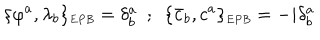
\{ \varphi ^ { a } , \lambda _ { b } \} _ { \scriptscriptstyle E P B } = \delta _ { b } ^ { a } ~ ~ ; ~ ~ \{ { \bar { c } } _ { b } , c ^ { a } \} _ { \scriptscriptstyle E P B } = - i \delta _ { b } ^ { a }